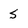
Character: 5